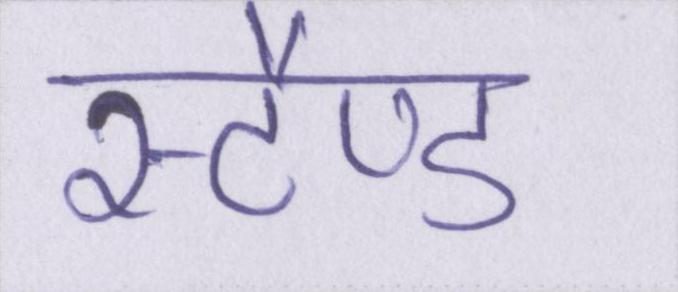
स्टैण्ड